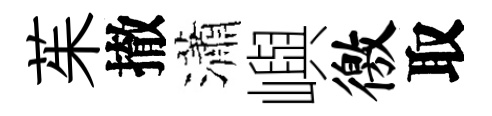
茱撤瀟嶼徼取